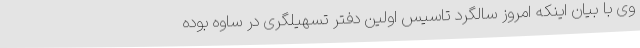
وی با بیان اینکه امروز سالگرد تاسیس اولین دفتر تسهیلگری در ساوه بوده